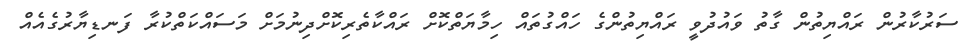
ސަރުކާރުން ރައްޔިތުން ގާތު ވައުދުވީ ރައްޔިތުންގެ ހައްގުތައް ހިމާޔަތްކޮށް ރައްކާތެރިކޮށްދިނުމަށް މަސައްކަތްކުރާ ފަނޑިޔާރުގެއެއް